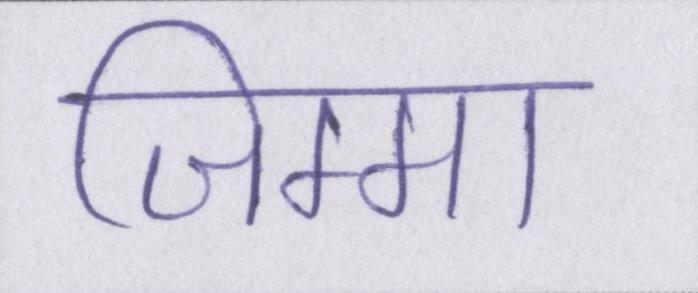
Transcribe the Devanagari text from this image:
जिम्मा